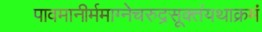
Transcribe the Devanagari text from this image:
पावमानीर्ममाग्नेचरुद्रसूक्तंयथाक्रमं